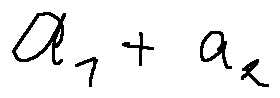
a _ { 1 } + a _ { 2 }